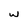
Character: w